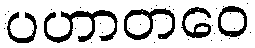
ပဟာတဝေ